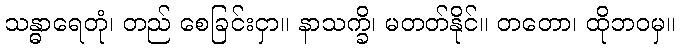
သန္ဓာရေတုံ၊ တည် စေခြင်းငှာ။ နာသက္ခိ၊ မတတ်နိုင်။ တတော၊ ထိုဘဝမှ။